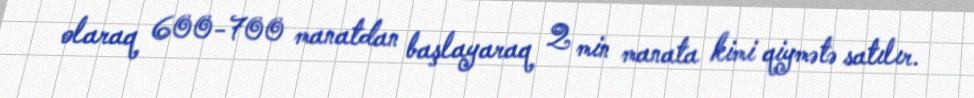
olaraq 600-700 manatdan başlayaraq 2 min manata kimi qiymətə satılır.